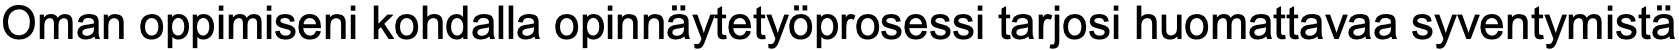
Oman oppimiseni kohdalla opinnäytetyöprosessi tarjosi huomattavaa syventymistä